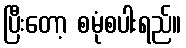
ပြီးတော့ စမုံစပါးရည်။